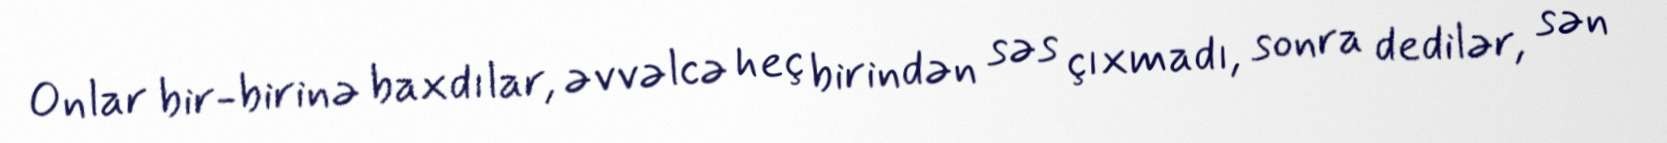
Onlar bir-birinə baxdılar, əvvəlcə heç birindən səs çıxmadı, sonra dedilər, sən